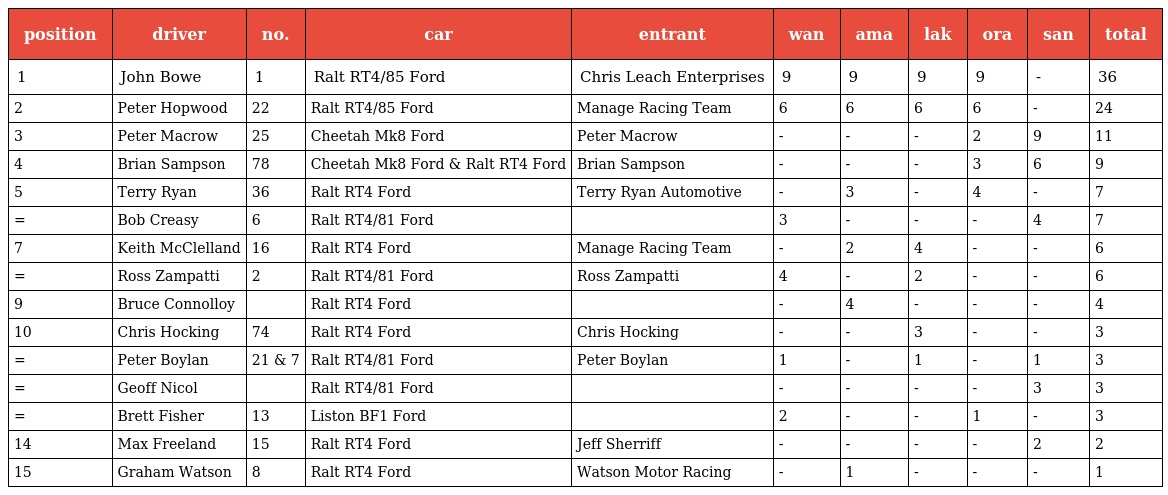
| position | driver | no. | car | entrant | wan | ama | lak | ora | san | total |
 | --- | --- | --- | --- | --- | --- | --- | --- | --- | --- | --- |
 | 1 | John Bowe | 1 | Ralt RT4/85 Ford | Chris Leach Enterprises | 9 | 9 | 9 | 9 | - | 36 |
 | 2 | Peter Hopwood | 22 | Ralt RT4/85 Ford | Manage Racing Team | 6 | 6 | 6 | 6 | - | 24 |
 | 3 | Peter Macrow | 25 | Cheetah Mk8 Ford | Peter Macrow | - | - | - | 2 | 9 | 11 |
 | 4 | Brian Sampson | 78 | Cheetah Mk8 Ford & Ralt RT4 Ford | Brian Sampson | - | - | - | 3 | 6 | 9 |
 | 5 | Terry Ryan | 36 | Ralt RT4 Ford | Terry Ryan Automotive | - | 3 | - | 4 | - | 7 |
 | = | Bob Creasy | 6 | Ralt RT4/81 Ford |  | 3 | - | - | - | 4 | 7 |
 | 7 | Keith McClelland | 16 | Ralt RT4 Ford | Manage Racing Team | - | 2 | 4 | - | - | 6 |
 | = | Ross Zampatti | 2 | Ralt RT4/81 Ford | Ross Zampatti | 4 | - | 2 | - | - | 6 |
 | 9 | Bruce Connolloy |  | Ralt RT4 Ford |  | - | 4 | - | - | - | 4 |
 | 10 | Chris Hocking | 74 | Ralt RT4 Ford | Chris Hocking | - | - | 3 | - | - | 3 |
 | = | Peter Boylan | 21 & 7 | Ralt RT4/81 Ford | Peter Boylan | 1 | - | 1 | - | 1 | 3 |
 | = | Geoff Nicol |  | Ralt RT4/81 Ford |  | - | - | - | - | 3 | 3 |
 | = | Brett Fisher | 13 | Liston BF1 Ford |  | 2 | - | - | 1 | - | 3 |
 | 14 | Max Freeland | 15 | Ralt RT4 Ford | Jeff Sherriff | - | - | - | - | 2 | 2 |
 | 15 | Graham Watson | 8 | Ralt RT4 Ford | Watson Motor Racing | - | 1 | - | - | - | 1 |